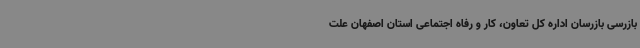
بازرسی بازرسان اداره کل تعاون، کار و رفاه اجتماعی استان اصفهان علت